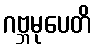
ဂဗ္ဘမုပေတိ